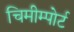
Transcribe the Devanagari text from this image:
चिमीम्पोर्ट